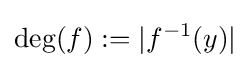
\operatorname {deg} (f):=|f^{-1}(y)|